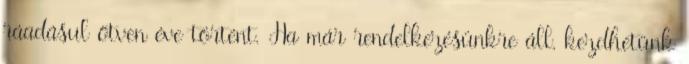
ráadásul ötven éve történt. Ha már rendelkezésünkre áll, kezdhetünk